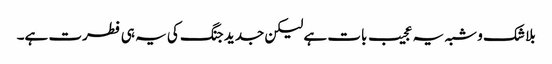
بلا شک و شبہ یہ عجیب بات ہے لیکن جدید جنگ کی یہ ہی فطرت ہے۔